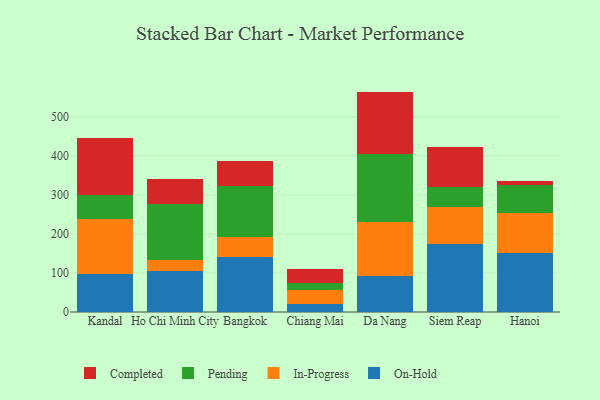
{"axis": {"x": "City", "y": "Temperature (°C)"}, "legend": ["Completed", "In-Progress", "On-Hold", "Pending"], "data": [{"x": "Kandal", "y": 97.0, "type": "On-Hold"}, {"x": "Kandal", "y": 141.3, "type": "In-Progress"}, {"x": "Kandal", "y": 61.3, "type": "Pending"}, {"x": "Kandal", "y": 146.3, "type": "Completed"}, {"x": "Ho Chi Minh City", "y": 105.5, "type": "On-Hold"}, {"x": "Ho Chi Minh City", "y": 27.8, "type": "In-Progress"}, {"x": "Ho Chi Minh City", "y": 143.0, "type": "Pending"}, {"x": "Ho Chi Minh City", "y": 64.5, "type": "Completed"}, {"x": "Bangkok", "y": 140.6, "type": "On-Hold"}, {"x": "Bangkok", "y": 52.2, "type": "In-Progress"}, {"x": "Bangkok", "y": 131.2, "type": "Pending"}, {"x": "Bangkok", "y": 62.2, "type": "Completed"}, {"x": "Chiang Mai", "y": 21.4, "type": "On-Hold"}, {"x": "Chiang Mai", "y": 33.8, "type": "In-Progress"}, {"x": "Chiang Mai", "y": 19.0, "type": "Pending"}, {"x": "Chiang Mai", "y": 36.3, "type": "Completed"}, {"x": "Da Nang", "y": 92.9, "type": "On-Hold"}, {"x": "Da Nang", "y": 136.5, "type": "In-Progress"}, {"x": "Da Nang", "y": 174.8, "type": "Pending"}, {"x": "Da Nang", "y": 160.3, "type": "Completed"}, {"x": "Siem Reap", "y": 174.2, "type": "On-Hold"}, {"x": "Siem Reap", "y": 95.9, "type": "In-Progress"}, {"x": "Siem Reap", "y": 49.2, "type": "Pending"}, {"x": "Siem Reap", "y": 102.7, "type": "Completed"}, {"x": "Hanoi", "y": 151.6, "type": "On-Hold"}, {"x": "Hanoi", "y": 101.8, "type": "In-Progress"}, {"x": "Hanoi", "y": 72.0, "type": "Pending"}, {"x": "Hanoi", "y": 9.7, "type": "Completed"}]}